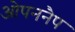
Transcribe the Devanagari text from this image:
ओपननैप